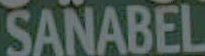
SANABEL